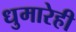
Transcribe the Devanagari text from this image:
धुमारेही